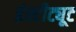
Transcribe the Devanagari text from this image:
इंश्टीट्यूट